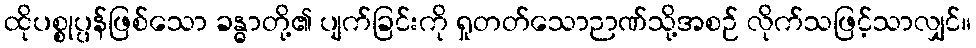
ထိုပစ္စုပ္ပန်ဖြစ်သော ခန္ဓာတို့၏ ပျက်ခြင်းကို ရှုတတ်သောဉာဏ်သို့အစဉ် လိုက်သဖြင့်သာလျှင်။